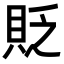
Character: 貶